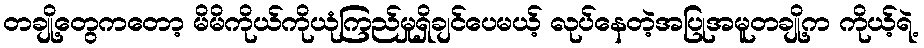
တချို့တွေကတော့ မိမိကိုယ်ကိုယုံကြည်မှုရှိချင်ပေမယ့် လုပ်နေတဲ့အပြုအမူတချို့က ကိုယ့်ရဲ့